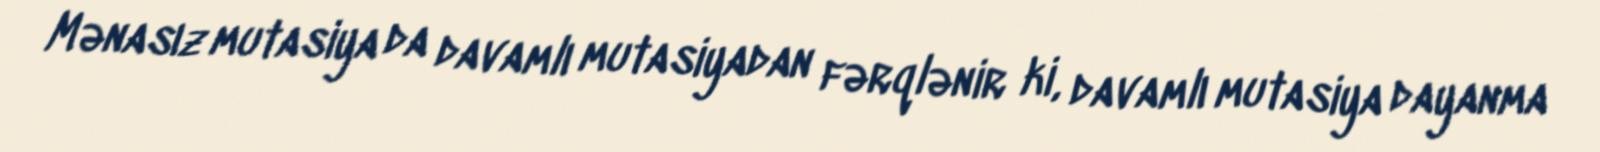
Mənasız mutasiya da davamlı mutasiyadan fərqlənir ki, davamlı mutasiya dayanma